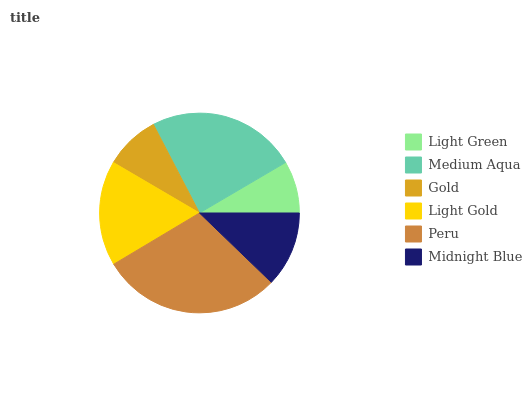
| Light Green | Medium Aqua | Gold | Light Gold | Peru | Midnight Blue |
 | --- | --- | --- | --- | --- | --- |
 | 8.44% | 24.2% | 8.92% | 17% | 29.3% | 12.2% |